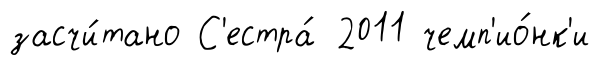
засчи́тано С'естра́ 2011 чемп'ио́нк'и